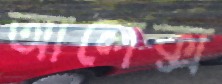
আলেক্স